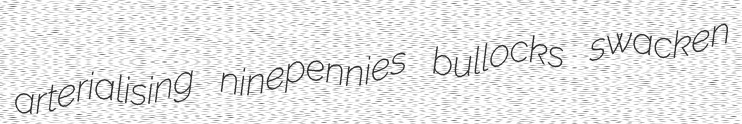
arterialising ninepennies bullocks swacken